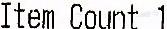
ITEM COUNT 1